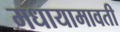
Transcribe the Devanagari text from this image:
मधायामावती